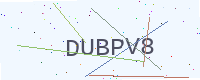
Text: DUBPV8